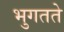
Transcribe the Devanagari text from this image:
भुगतते